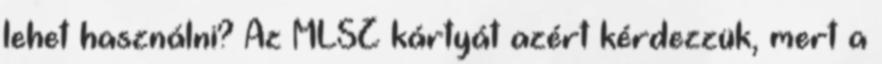
lehet használni? Az MLSZ kártyát azért kérdezzük, mert a